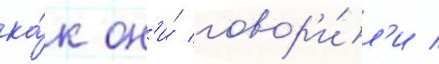
ка́к он'и́ говор'и́л'и /